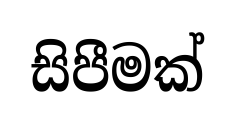
සිපීමක්